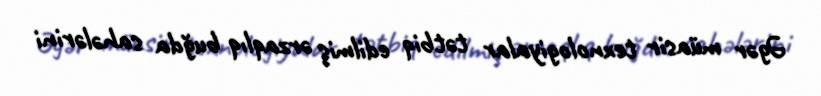
Əgər müasir texnologiyalar tətbiq edilmiş ərzaqlıq buğda sahələrini